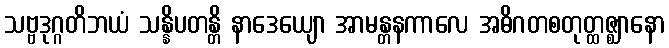
သဗ္ဗဒုဂ္ဂတိဘယံ သန္နိပတန္တိ နာဒေယျော အာမန္တနကာလေ အဓိဂတစတုတ္ထဇ္ဈာနော